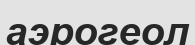
аэрогеол